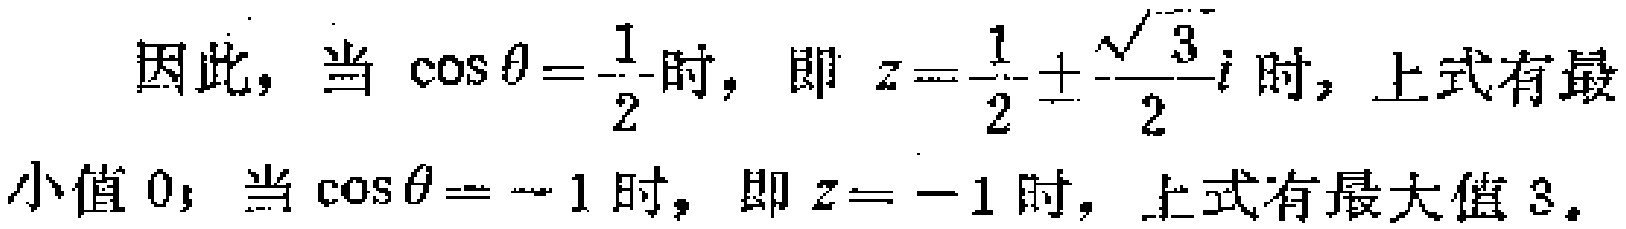
因此，当 $\cos\theta = -\frac{1}{2}$ 时，即 $z = \frac{1}{2} \pm \frac{\sqrt{3}}{2}i$ 时，上式有最小值 $0$；当 $\cos\theta = -1$ 时，即 $z = -1$ 时，上式有最大值 $3$。